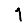
Digit: 1